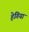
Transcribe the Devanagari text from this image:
हेगिया